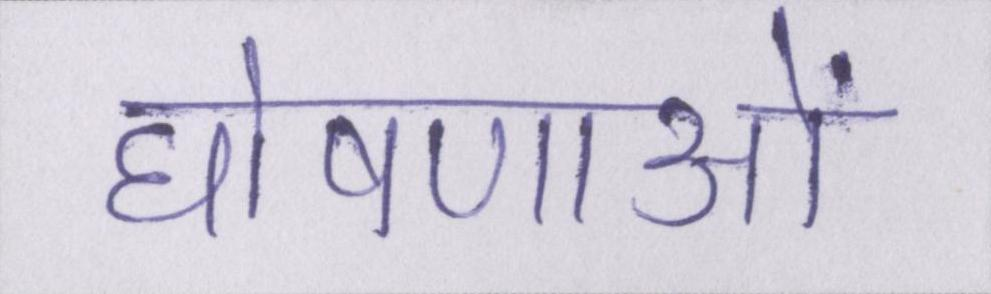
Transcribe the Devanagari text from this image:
घोषणाओं